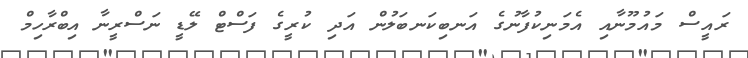
ރައީސް މައުމޫނާއި އެމަނިކުފާނުގެ އަނބިކަނބަލުން އަދި ކުރީގެ ފަސްޓް ލޭޑީ ނަސްރީނާ އިބްރާހިމް